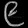
Digit: ၉